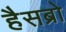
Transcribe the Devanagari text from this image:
हैसब्रो